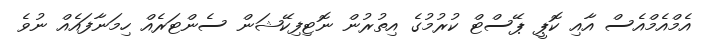
އެމްއެމްއެސް އާއި ކޮޕީ ޕޭސްޓް ކުރުމުގެ އިތުރުން ނޮޓިފިކޭޝަން ސެންޓަރެއް ހިމަނާފައެއް ނުވެ